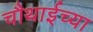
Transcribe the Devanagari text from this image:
चौथाईच्या